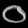
Digit: ၀